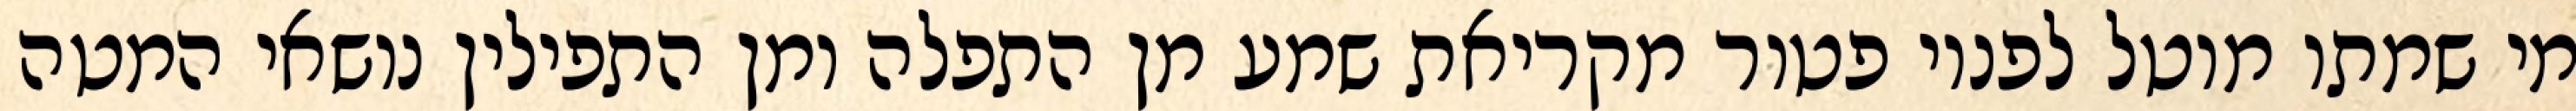
מי שמתו מוטל לפניו פטור מקריאת שמע מן התפלה ומן התפילין נושאי המטה